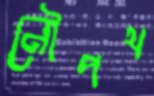
নৌপথ